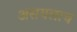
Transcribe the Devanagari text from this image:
असयलाच